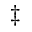
^ { \ddagger }